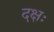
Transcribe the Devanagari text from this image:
दक्षः